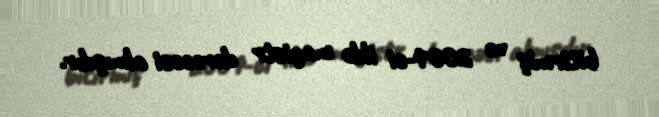
bitirmiş və 2001-ci ildə magistr dərəcəsi almışdır.